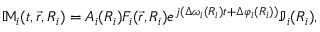
\mathbb { M } _ { i } ( t , \vec { r } , R _ { i } ) = A _ { i } ( R _ { i } ) F _ { i } ( \vec { r } , R _ { i } ) e ^ { j ( \Delta \omega _ { i } ( R _ { i } ) t + \Delta \varphi _ { i } ( R _ { i } ) ) } \mathbb { J } _ { i } ( R _ { i } ) ,